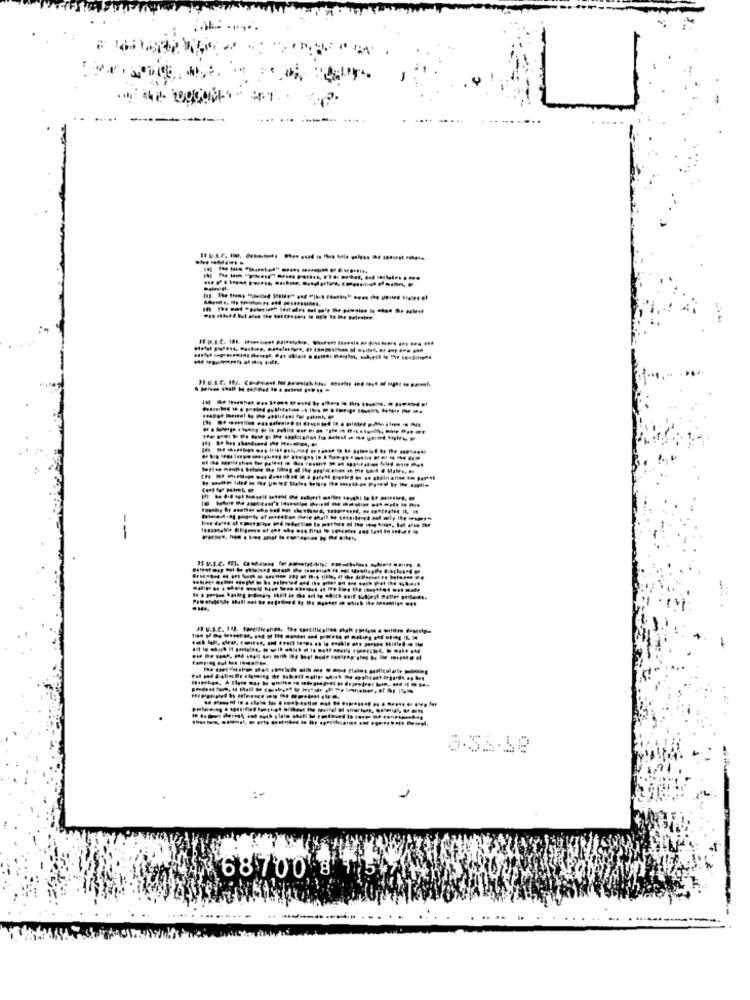
--
8.5:48
68700 ₺